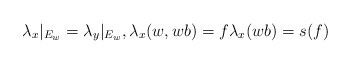
\begin{align*}\lambda_x|_{E_w} =\lambda_y|_{E_w}, \lambda_x(w, wb)=f \lambda_x(wb)=s(f)\end{align*}